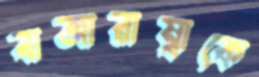
বাজারাম্বাকে